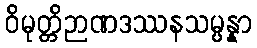
ဝိမုတ္တိဉာဏဒဿနသမ္ပန္နာ